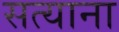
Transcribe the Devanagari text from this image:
सत्याना